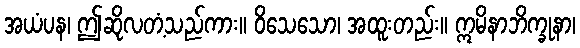
အယံပန၊ ဤဆိုလတံ့သည်ကား။ ဝိသေသော၊ အထူးတည်း။ ဣမိနာဘိက္ခုနာ၊